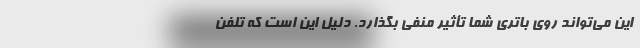
این می‌تواند روی باتری شما تأثیر منفی بگذارد. دلیل این است که تلفن